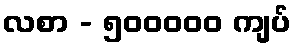
လစာ - ၅၀၀၀၀၀ ကျပ်